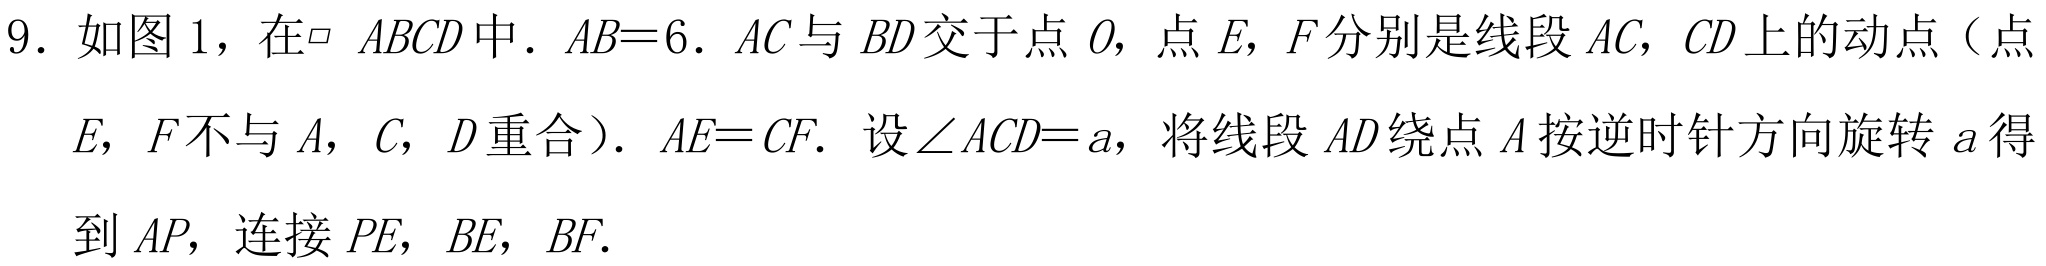
9. 如图 1，在\(\square ABCD\)中. \(AB = 6\). \(AC\)与 \(BD\)交于点 \(O\)，点 \(E,F\)分别是线段 \(AC,CD\)上的动点（点 \(E,F\)不与 \(A,C,D\)重合）. \(AE = CF\). 设\(\angle ACD = a\)，将线段 \(AD\)绕点 \(A\)按逆时针方向旋转 \(a\) 得到 \(AP\)，连接 \(PE,BE,BF\).